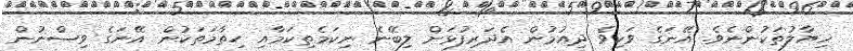
ޚިޔާލުތަކުންނެވެ. އޭނަގެ ވަކިވެ ދިއުމުން އެދަރިފުޅަށް ލިބޭނެ ނިކަމެތިކަމާއި ހިތާމަތަކުން އޭނަގެ ވިސްނުން